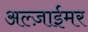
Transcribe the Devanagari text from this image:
अल्ज़ाईमर